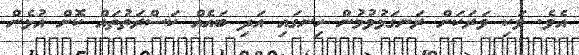
އެވެ. ވަކި ވަރަކަށް ރަނގަޅުވުމުން ހިނގައި އަދި ބައެއް ކަސްރަތުތައް ކޮށް އުޅެން